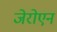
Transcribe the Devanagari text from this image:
जेरोएन